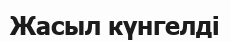
Жасыл күнгелді